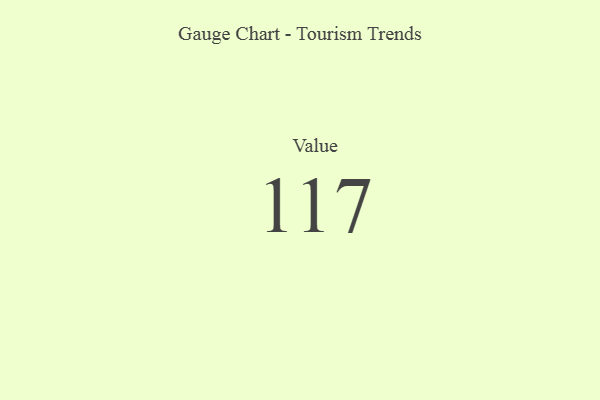
{"axis": {"x": "Metric", "y": "Value"}, "legend": [""], "data": [{"x": "Value", "y": 117, "type": ""}]}